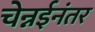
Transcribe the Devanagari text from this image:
चेन्नईनंतर